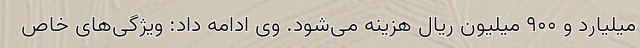
میلیارد و ۹۰۰ میلیون ریال هزینه می‌شود. وی ادامه داد: ویژگی‌های خاص